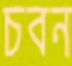
চবন